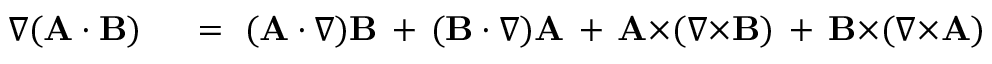
\begin{array} { r l } { \nabla ( \mathbf { A } \cdot \mathbf { B } ) } & { { } \ = \ ( \mathbf { A } \cdot \nabla ) \mathbf { B } \, + \, ( \mathbf { B } \cdot \nabla ) \mathbf { A } \, + \, \mathbf { A } { \times } ( \nabla { \times } \mathbf { B } ) \, + \, \mathbf { B } { \times } ( \nabla { \times } \mathbf { A } ) } \end{array}